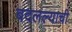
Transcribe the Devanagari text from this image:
बदलल्याची